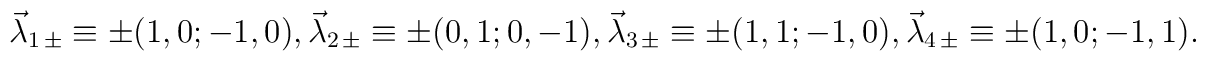
{\vec {\lambda}}_{1\,\pm}\equiv\pm (1,0;-1,0),{\vec {\lambda}}_{2\,\pm}\equiv\pm (0,1;0,-1),{\vec{\lambda}}_{3\,\pm}\equiv\pm (1,1;-1,0),{\vec{\lambda}}_{4\,\pm}\equiv\pm (1,0;-1,1).